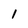
Character: 1